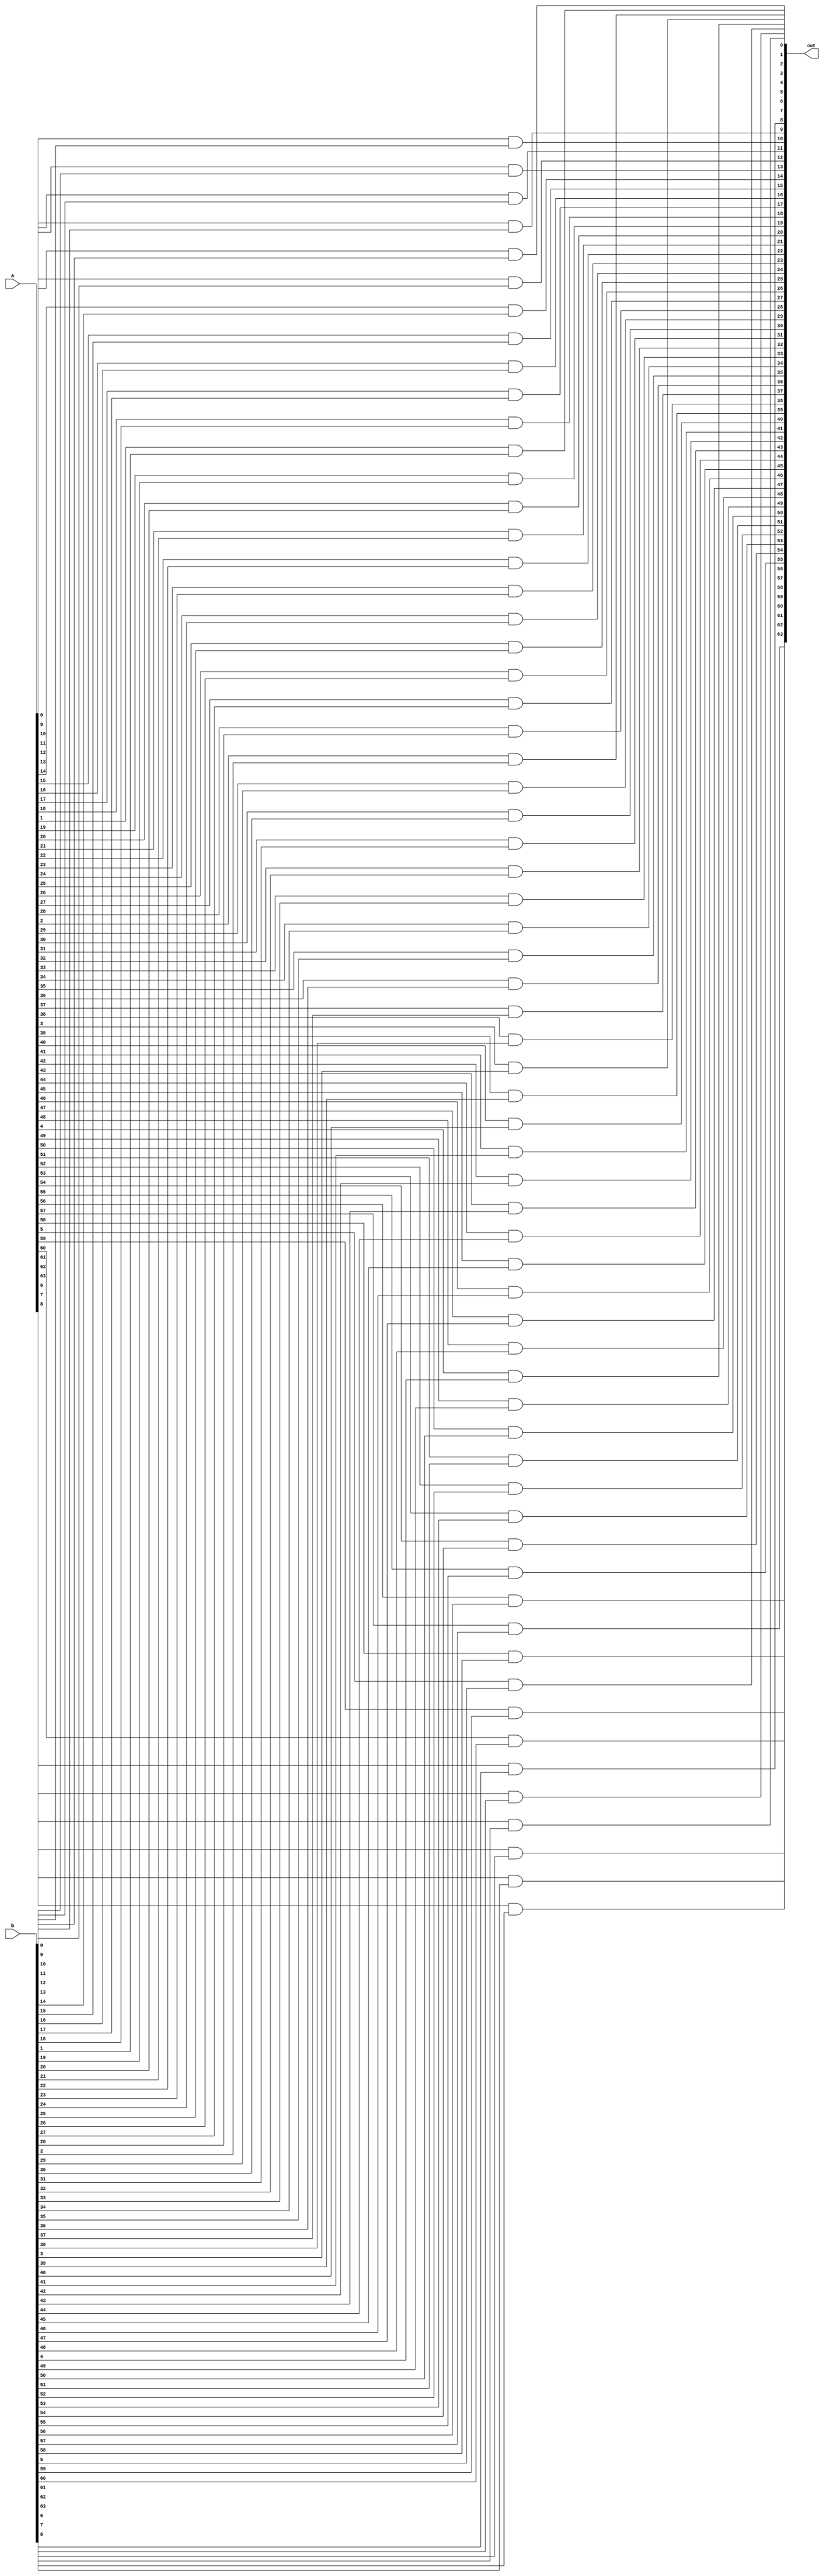
module and_64(out,a,b);
input [63:0] a,b;
output [63:0] out;

genvar i;

generate
    for(i = 0; i < 64; i=i+1) begin
        and A1(out[i],a[i],b[i]);
    end
endgenerate

endmodule